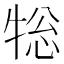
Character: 𭷨